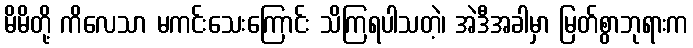
မိမိတို့ ကိလေသာ မကင်းသေးကြောင်း သိကြရပါသတဲ့၊ အဲဒီအခါမှာ မြတ်စွာဘုရားက